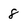
Character: 8